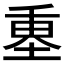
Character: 𡍴